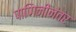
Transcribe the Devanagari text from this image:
पाणिनीनंतर